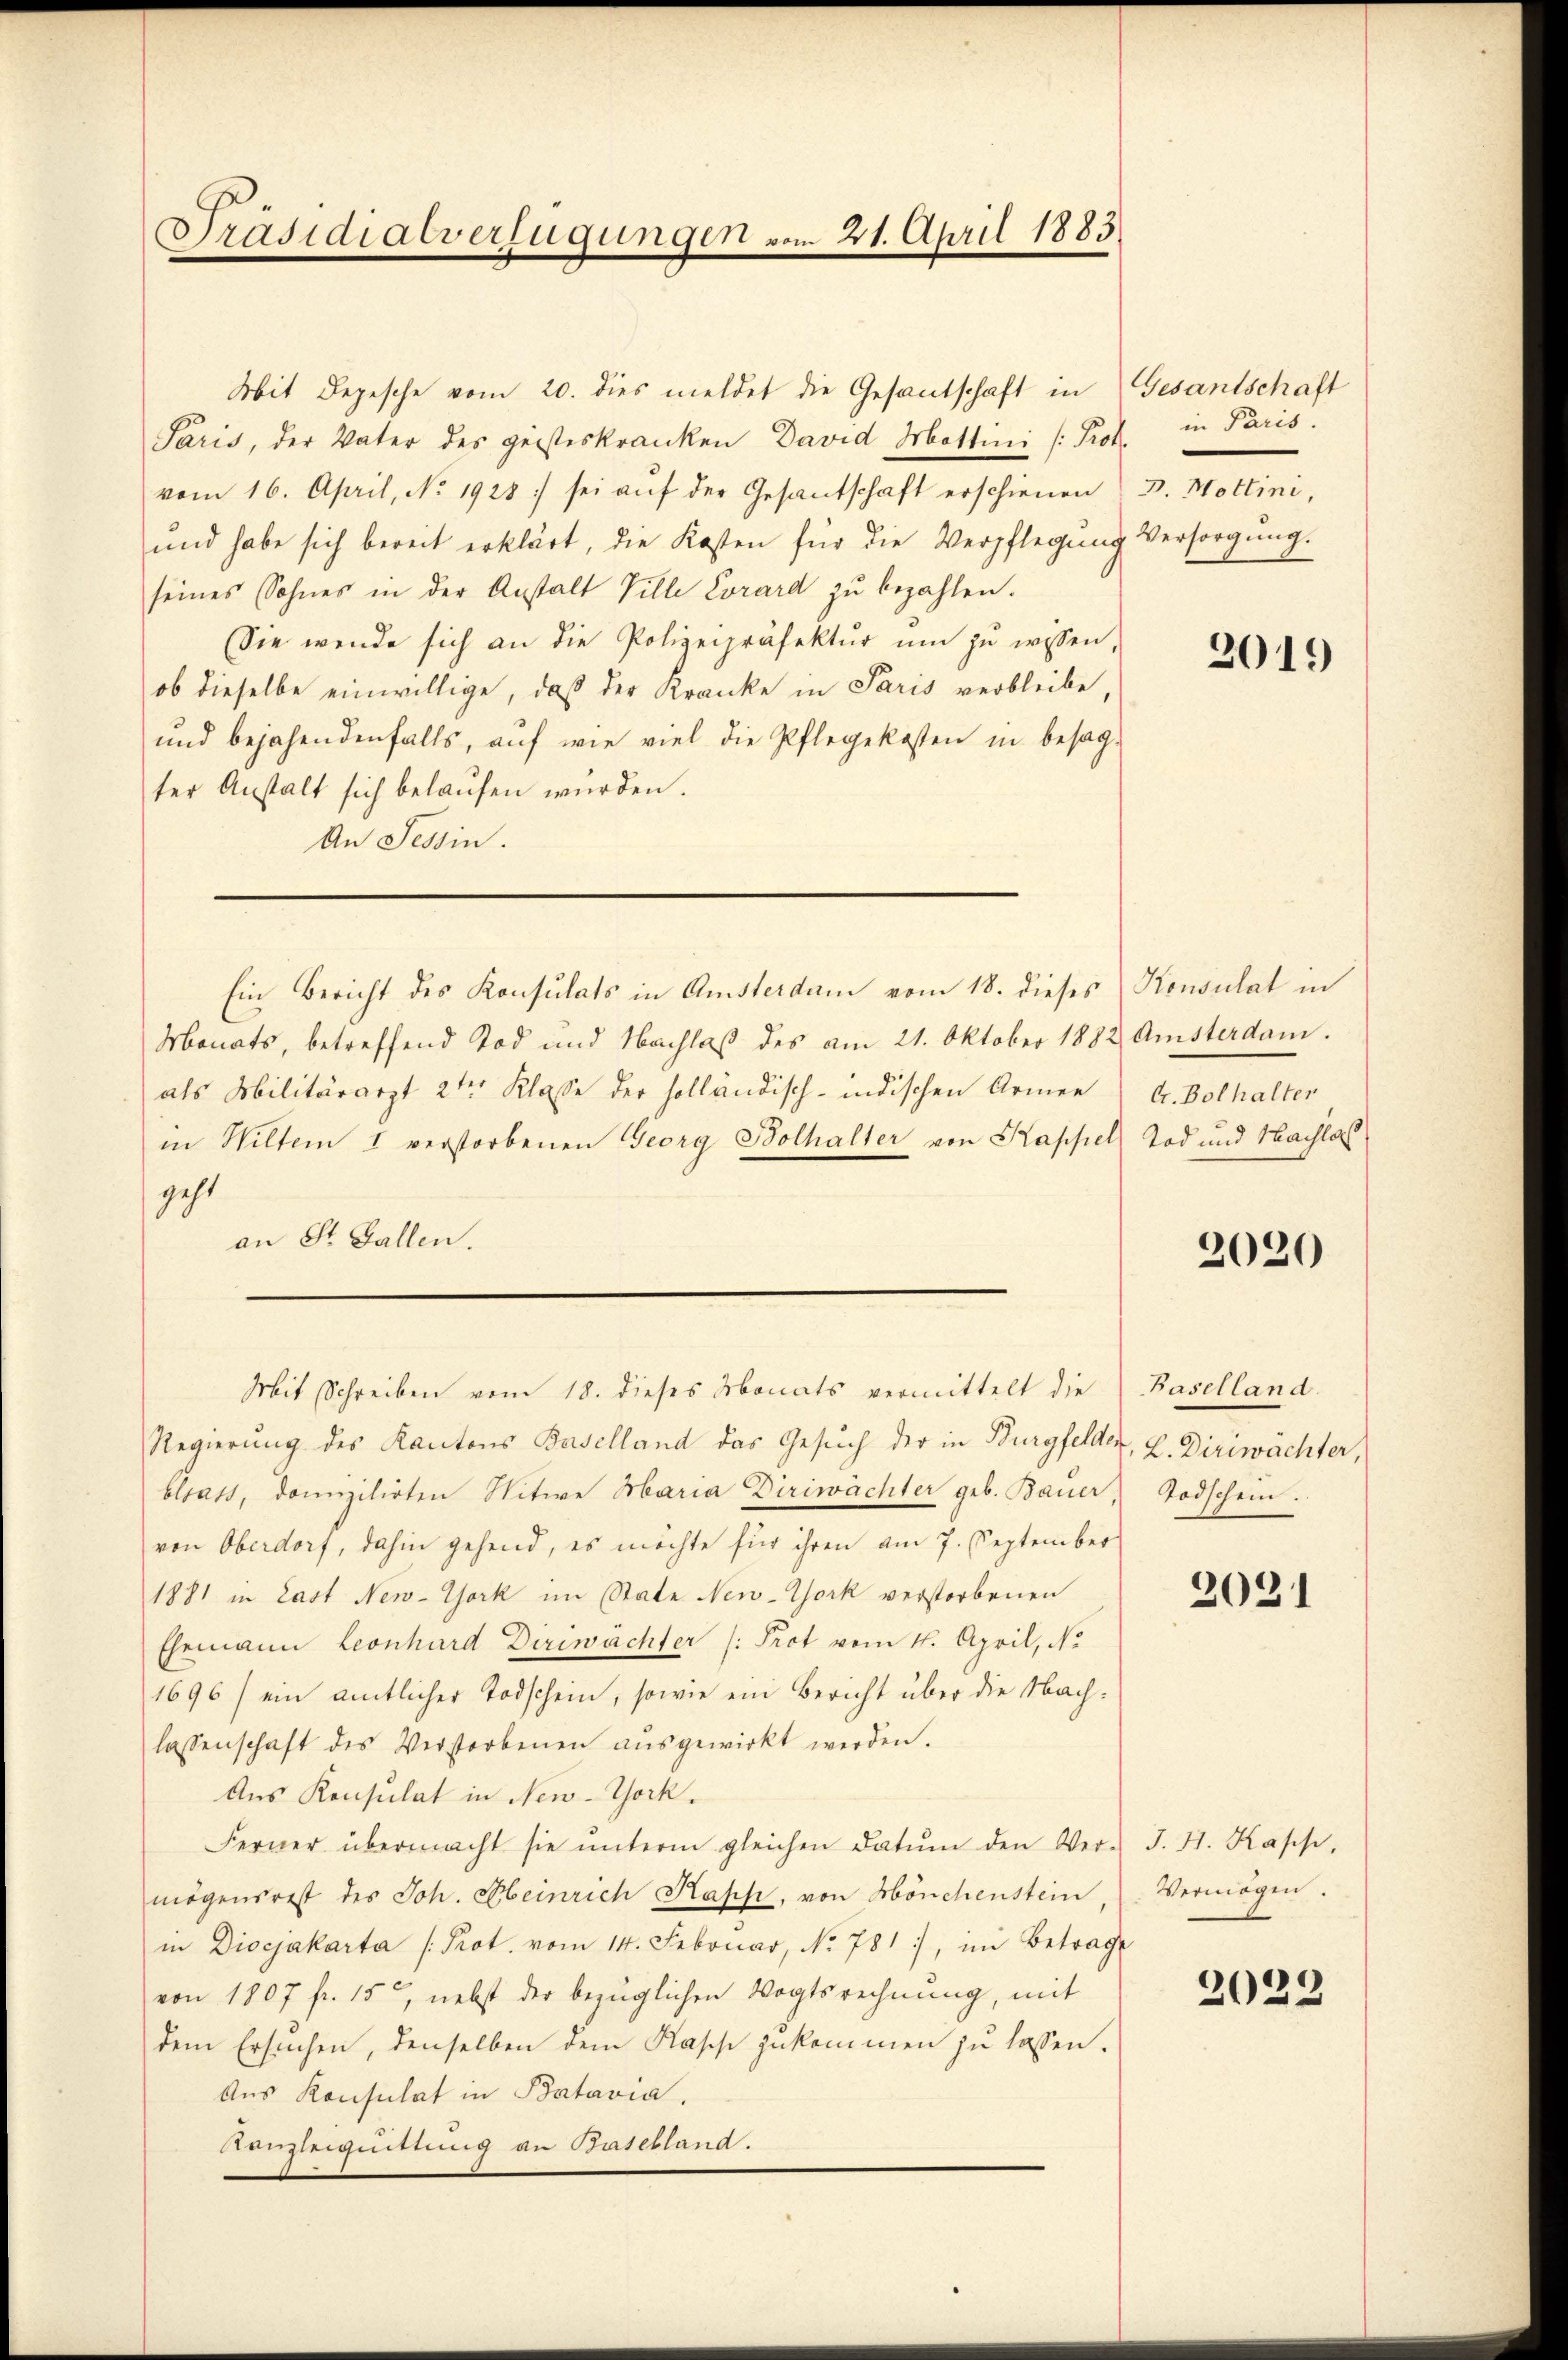
Präsidialverfügungen vom 21. April 1883.

Mit Depesche vom 20. dies meldet die Gesantschaft in
Paris, der Vater des geisteskranken David Mottini Prof. in Paris.
vom 16. April, No. 1928: sei aŭf der Gesantschaft erschienen
und habe sich bereit erklärt, die Kosten für die Verpflegŭng Versorgŭng.
seines Sohnes in der Anstalt Ville Corard zu bezahlen.
Sie werde sich an die Polizeipräfektŭr ŭm zŭ wissen,
ob dieselbe einwillige, daß der Kranke in Paris verbleibe,
und bejahendenfalls, auf wie viel die Pflegekosten in besag-
ter Anstalt sich belaŭfen würden.
An Tessin.
Monats, betreffend Tod und Nachlaβ des am 21. Oktober 1882 Amsterdam.
als Militärarzt 2ten Klasse der holländisch-indischen Armen
in Wiltern I verstorbenen Georg Bolhalter von Kappel Tod und Nachlaß
geht
an St. Gallen.
Mit Schreiben vom 18. dieses Monats vermittelt die
Regierung des Kantons Baselland das Gesuch der in Burgfelder, 2. Diriwächter,
blsass, domizilirten Nitwe Maria Diriwächter geb. Bauer Todschein.
von Oberdorf, dahin gehend, es möchte für ihren am 7. September
1881 in Last New-York im State New-York verstorbenen
Ehemann Leonhard Diriwächter /: Prot vom 4. April, No
1696) ein amtlicher Todschein, sowie ein Bericht über die Nachlassenschaft des Verstorbenen aŭsgewirkt werden.
Aus Konsulat in New-York.
Ferner übermacht sie ŭnterm gleichen Datum den Ver-
mögensrest des Joh. Abeinrich Kapp, von Hönchenstein
in Dioejakarta (Prot. vom 14. Februar, No. 781, im Betrage
von 1807 fr. 15, nebst der bezüglichen Vogtsrechnung, mit
dem Ersuchen, denselben dem Kasche zukommen zu lassen.
Aus Konsulat in Batavia,
Denzleiquittung an Basebland.

Ein Bericht des Konsulats in Amsterdam vom 18. dieses Konsulat in

Gesantschaft
p. Mottini,

2019

G. Bolhalter

2020

Baselland.

2021

J. H. Kasse,
Vermögen.

2022